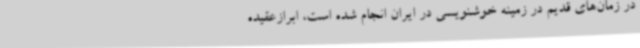
در زمان‌های قدیم در زمینه خوشنویسی در ایران انجام شده است، ابرازعقیده